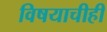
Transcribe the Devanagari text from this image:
विषयाचीही